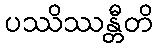
ပဿိဿန္တီတိ